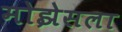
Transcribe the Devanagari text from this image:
मोझेसला